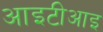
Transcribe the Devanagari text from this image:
आइटीआइ